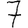
Digit: 7